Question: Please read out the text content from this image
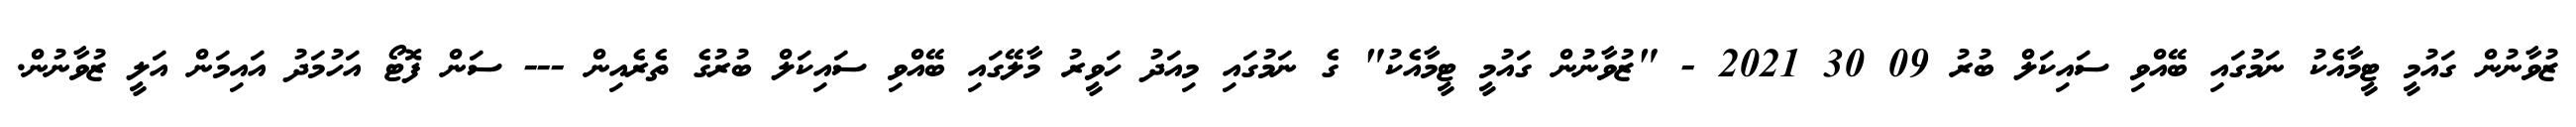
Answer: ޒުވާނުން ގައުމީ ޓީމާއެކު ނަމުގައި ބޭއްވި ސައިކަލް ބުރު 09 30 2021 - "ޒުވާނުން ގައުމީ ޓީމާއެކު" ގެ ނަމުގައި މިއަދު ހަވީރު މާލޭގައި ބޭއްވި ސައިކަލް ބުރުގެ ތެރެއިން --- ސަން ފޮޓޯ އަހުމަދު އައިމަން އަލީ ޒުވާނުން.